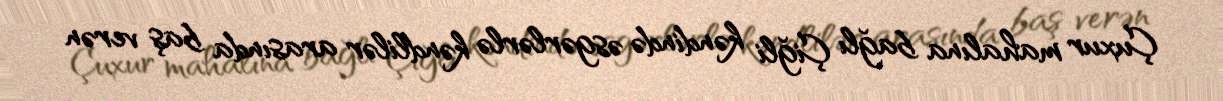
Çuxur mahalına bağlı Çiğli kəndində əsgərlərlə kəndlilər arasında baş verən